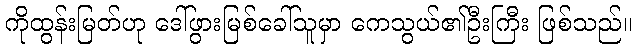
ကိုထွန်းမြတ်ဟု ဒေါ်ဖွားမြစ်ခေါ်သူမှာ ကေသွယ်၏ဦးကြီး ဖြစ်သည်။